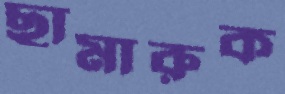
ছামারুক